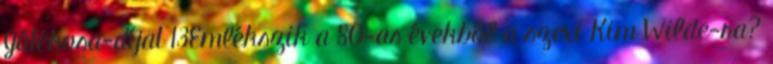
Játékosa-díjat 13Emlékszik a 80-as évekből a szexi Kim Wilde-ra?